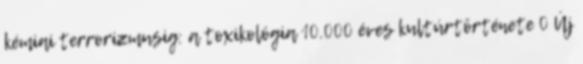
kémiai terrorizmusig: a toxikológia 10.000 éves kultúrtörténete 0 Új